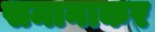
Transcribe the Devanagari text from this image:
समानाकर